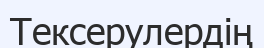
Тексерулердің